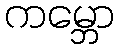
ကမ္ဘော